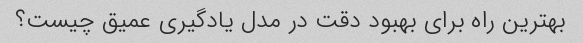
بهترین راه برای بهبود دقت در مدل یادگیری عمیق چیست؟